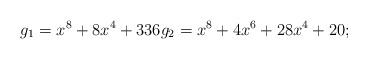
LaTeX: \begin{align*} g_1 = x^8 + 8x^4 + 336 g_2 = x^8 +4x^6 + 28x^4 + 20;\end{align*}